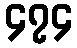
၄၇၄